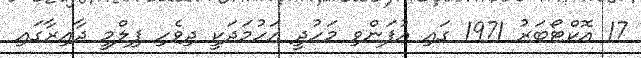
17 އޮކްޓޯބަރު 1971 ގައި އުފަންވި މަހުދީ އަހުމަދަކީ ދިވެހި ފިލްމީ ދާއިރާގައި